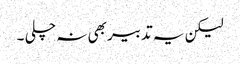
لیکن یہ تدبیر بھی نہ چلی ۔